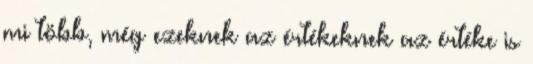
mi több, még ezeknek az értékeknek az értéke is